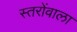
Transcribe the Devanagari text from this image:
स्तरोंवाला